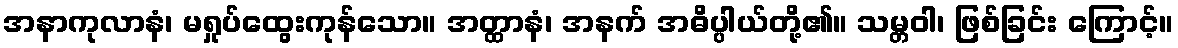
အနာကုလာနံ၊ မရှုပ်ထွေးကုန်သော။ အတ္ထာနံ၊ အနက် အဓိပ္ပါယ်တို့၏။ သမ္တဝါ၊ ဖြစ်ခြင်း ကြောင့်။